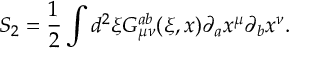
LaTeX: S _ { 2 } = \frac { 1 } { 2 } \int d ^ { 2 } \xi G _ { \mu \nu } ^ { a b } ( \xi , x ) \partial _ { a } x ^ { \mu } \partial _ { b } x ^ { \nu } .